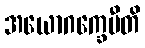
အယောဂက္ခေမီတိ